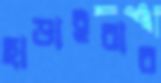
ছাড়াইবার